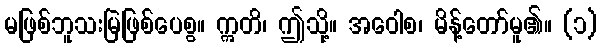
မဖြစ်ဘူသးမြဲဖြစ်ပေစွ။ ဣတိ၊ ဤသို့။ အဝေါစ၊ မိန့်တော်မူ၏။ (၁)